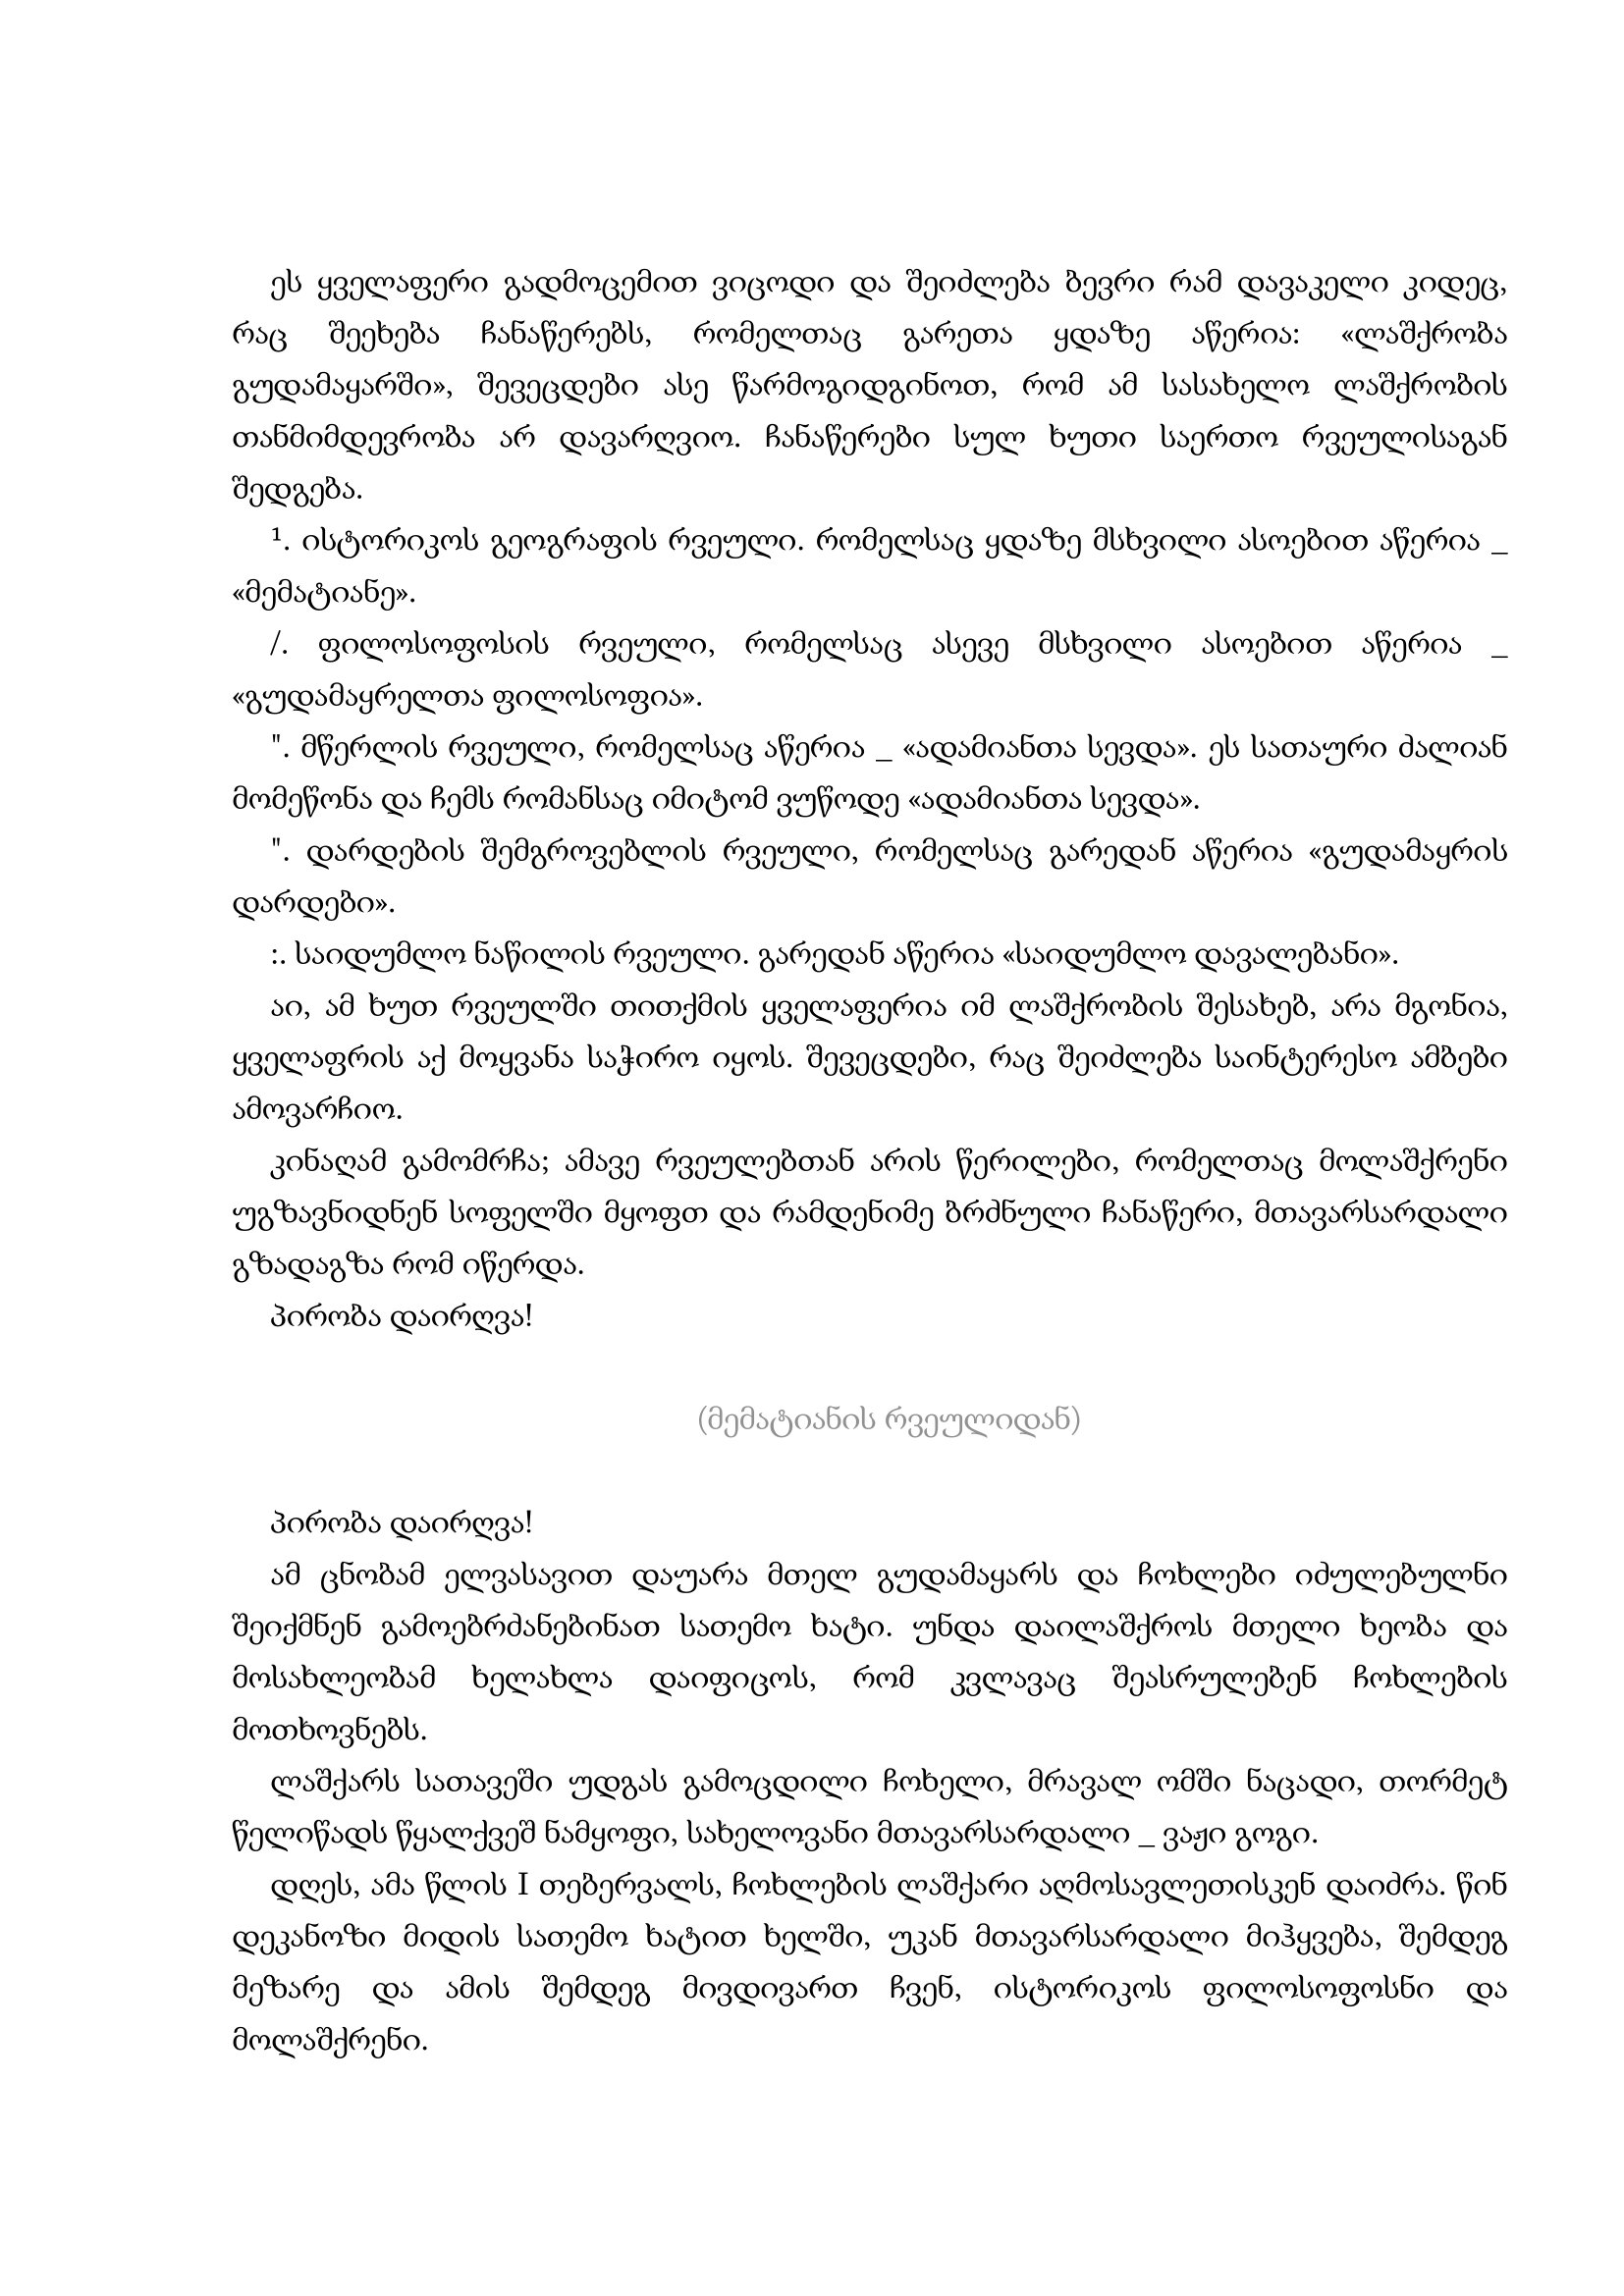
Language: gr